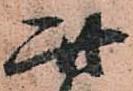
此